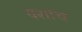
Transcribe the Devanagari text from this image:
यशाच